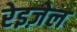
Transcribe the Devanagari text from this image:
रेइज़ेल